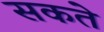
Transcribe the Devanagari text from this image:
सकते